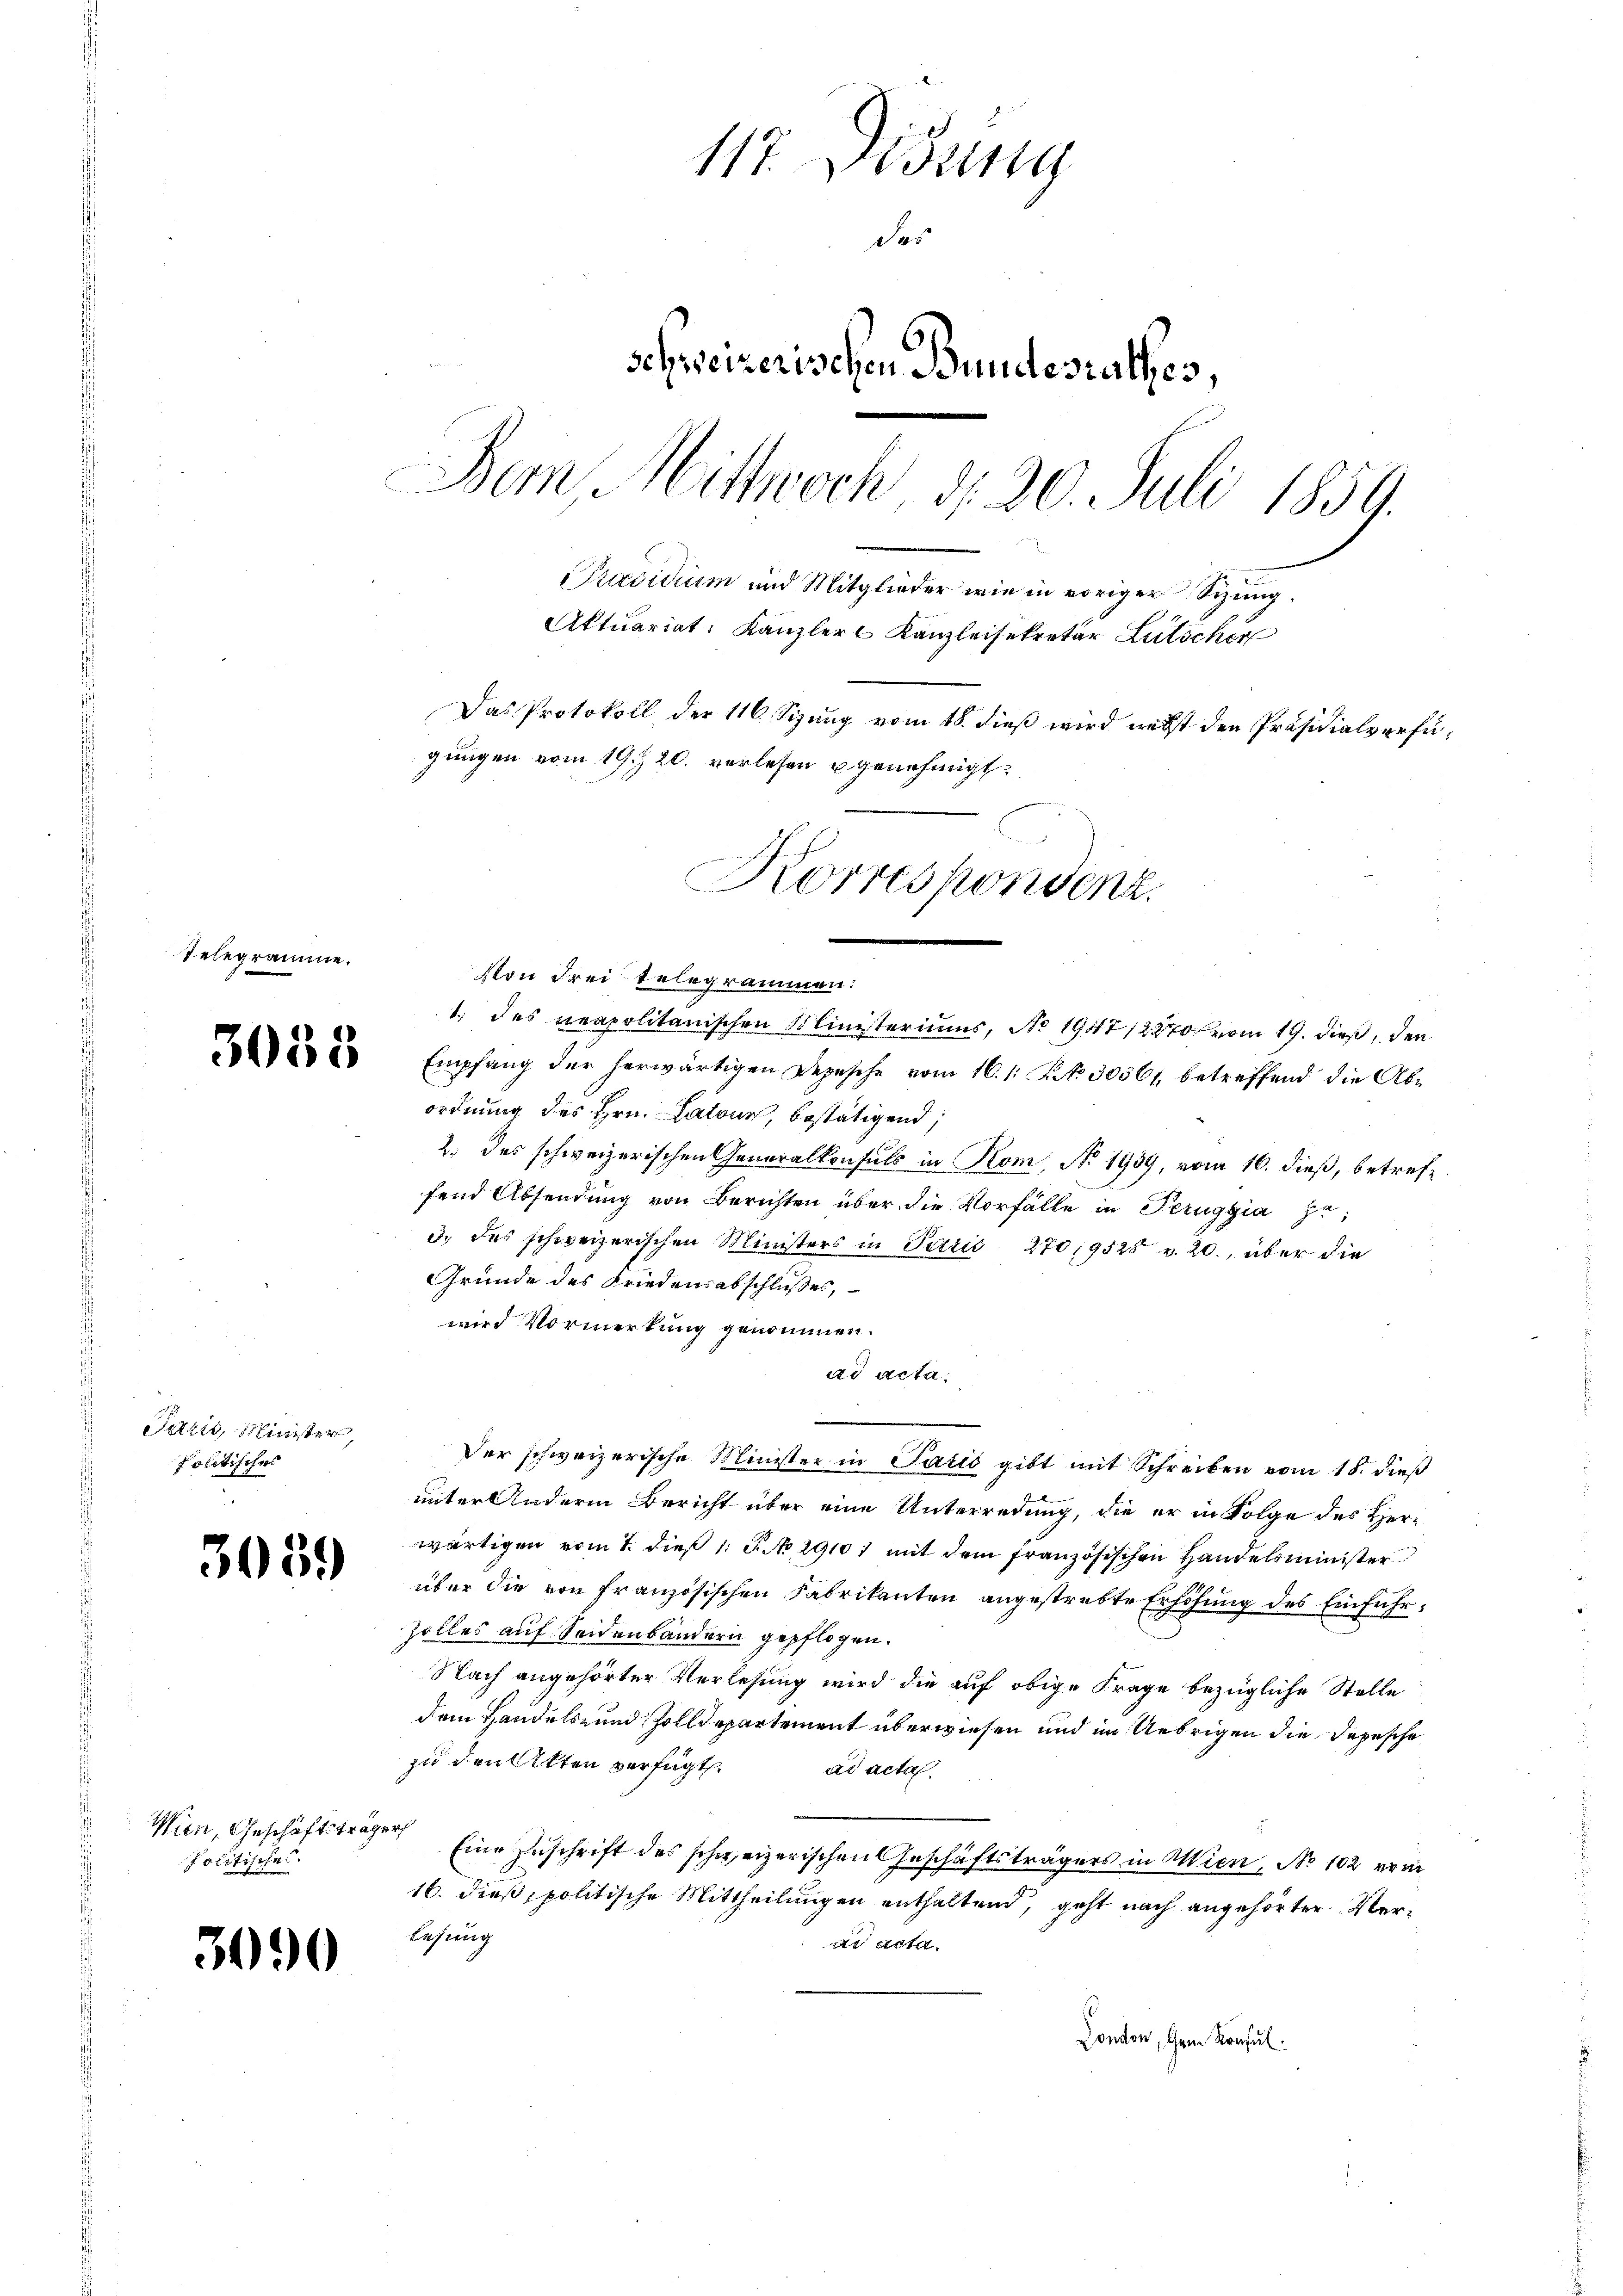
Pelegr

LR S.

Paris, Minister,
politisches

3059

Wien, Geschäftsträger
politische.

3090

117. Didung
das
schweizerischen Bundesrathes,
Dem Mittwoch d. 20. Juli 1859.
r
Präsidium und Mitglieder wie in voriger Sitzung¬
Aktuariat Kanzler Kanzleisekretär Lutscher
Das Protokoll der 116. Sizung vom 18. dieß wird nebst den Präsidialverfügungen vom 19. 20. verlesen genehmigt.

Korrespondenz.
22

Empfang der herwärtigen Depesche vom 16. 1. S. 30561 betreffend die Abordnung des Hrn. Patone, bestätigend,
2. das schweizerischen Generalkonsuls in Hom, No. 1939, vom 16. dieß, betreff
fend Absendung von Berichten über die Vorfälle in Peruggia zu¬
3. des schweizerischen Ministers in Paris 270,9520 v. 20., über die
Gründe des Friedensabschließes,
wird Vormerkung genommen.
ad acta.
Der schweizerische Minister in Paris gibt mit Schreiben vom 18. dieß
unter Andern Bericht über eine Unterredung, die er in Folge des Herwärtigen vom 7. dieß 1: P. No. 29101 mit dem französischen Handelsminister
über die von französischen Fabrikanten angestrebte Erhöhung des Einführ¬
Zolles auf Seidenbändern gepflogen.
Nach angehörter Verlesung wird die auf obige Frage bezügliche Stelle
dem Handels- und Zolldepartement überwiesen und im Uebrigen die Depesche
zu den Akten verfügt. ad acta
Eine Zuschrift des schweizerischen Geschäftsträgers in Wien, No 102 vom
16. dieß, politische Mittheilungen enthaltend, geht nach angehörter Verlesung
ad acta.
Conton, dem Konsul

Von Frei telegrammen:
1.) des neapolitanischen Ministeriums, No 1947 12270 vom 19. dieß, den